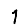
Digit: 1